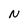
Character: N